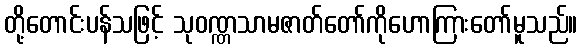
တို့တောင်းပန်သဖြင့် သုဝဏ္ဏသာမဇာတ်တော်ကိုဟောကြားတော်မူသည်။